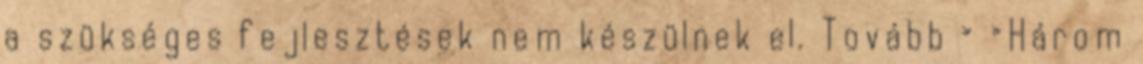
a szükséges fejlesztések nem készülnek el. Tovább › ›Három